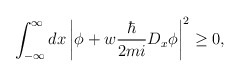
\begin{align*}\int^\infty_{-\infty} dx \left | \phi + w \frac{\hbar}{2 m i}D_x \phi\right|^2\ge 0,\end{align*}